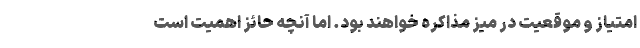
امتیاز و موقعیت در میز مذاکره خواهند بود. اما آنچه حائز اهمیت است